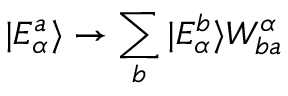
| E _ { \alpha } ^ { a } \rangle \rightarrow \sum _ { b } | E _ { \alpha } ^ { b } \rangle W _ { b a } ^ { \alpha }